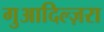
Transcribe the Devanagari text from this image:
गुआदिल्ज़रा